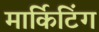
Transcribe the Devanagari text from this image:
मार्किटिंग